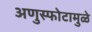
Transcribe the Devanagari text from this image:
अणुस्फोटामुळे